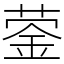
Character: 蓥